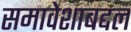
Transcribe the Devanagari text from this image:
समावेशाबद्दल